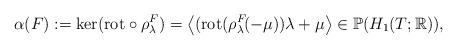
LaTeX: \begin{align*}\alpha(F) := \ker( \mathrm{rot} \circ \rho^F_{\lambda})= \left<(\mathrm{rot}(\rho^F_{\lambda}\!(-\mu))\lambda + \mu\right> \in {\mathbb{P}}(H_1(T;{\mathbb{R}})),\end{align*}